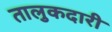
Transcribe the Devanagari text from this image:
तालुकदारी